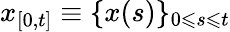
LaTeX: x_{[0,t]}\equiv\{ x(s)\} _{0\leqslant s\leqslant t}